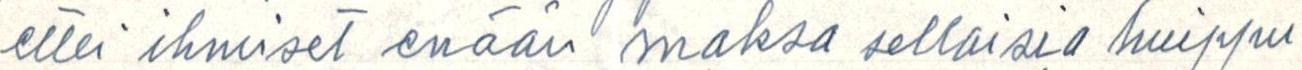
ettei ihmiset enään maksa sellaisia huippu